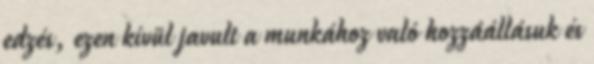
edzés, ezen kívül javult a munkához való hozzáállásuk és